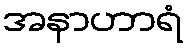
အနာဟာရံ